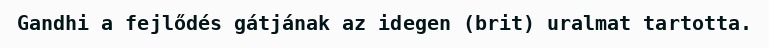
Gandhi a fejlődés gátjának az idegen (brit) uralmat tartotta.